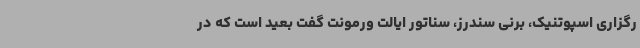
رگزاری اسپوتنیک، برنی سندرز، سناتور ایالت ورمونت گفت بعید است که در